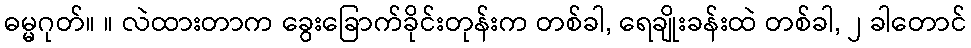
ဓမ္မဂုတ်။ ။ လဲထားတာက ခွေးခြောက်ခိုင်းတုန်းက တစ်ခါ, ရေချိုးခန်းထဲ တစ်ခါ, ၂ ခါတောင်